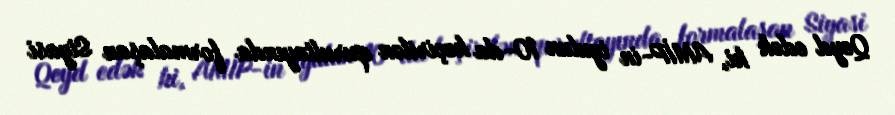
Qeyd edək ki, AMİP-in iyulun 10-da keçirilən qurultayında formalaşan Siyasi